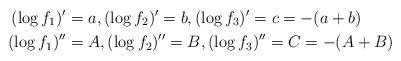
LaTeX: \begin{align*} (\log f_1)' & =a, (\log f_2)' =b, (\log f_3)' =c= -(a+b)\\(\log f_1)''& =A, (\log f_2)'' =B, (\log f_3)'' =C= -(A+B)\end{align*}